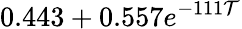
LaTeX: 0.443+0.557e^{-111\mathcal{T}}